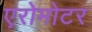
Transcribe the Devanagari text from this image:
एरोमोटर